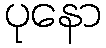
ပုနော